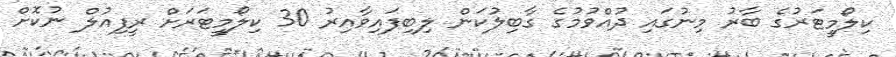
ކިލޯމީޓަރުގެ ބާރު މިނުގައި ދުއްވުމުގެ ގާބިލުކަން ލިބިފައިވާއިރު 30 ކިލޯމީޓަރަށް ރީފިއުލް ނުކޮށް